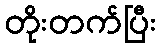
တိုးတက်ပြီး